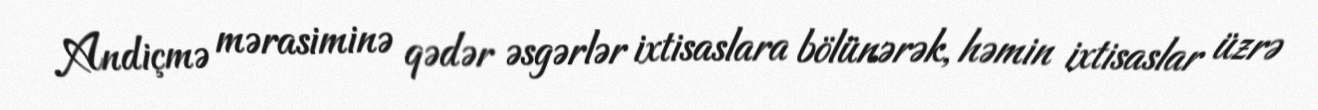
Andiçmə mərasiminə qədər əsgərlər ixtisaslara bölünərək, həmin ixtisaslar üzrə